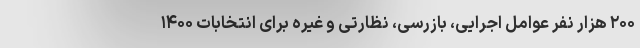
۲۰۰ هزار نفر عوامل اجرایی، بازرسی، نظارتی و غیره برای انتخابات ۱۴۰۰